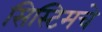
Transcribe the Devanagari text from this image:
सिस्टिमचे